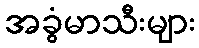
အခွံမာသီးများ